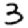
Digit: 3